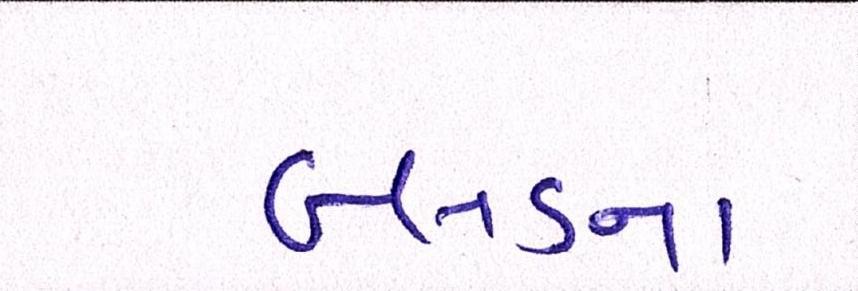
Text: બ્લડના